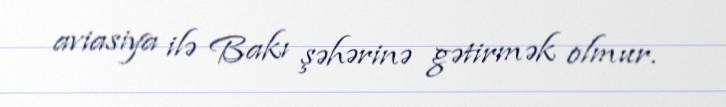
aviasiya ilə Bakı şəhərinə gətirmək olmur.